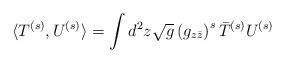
LaTeX: \begin{align*} \langle T^{(s)},U^{(s)}\rangle=\int d^2z\sqrt g \left(g_{z\bar z}\right)^s\bar T^{(s)}U^{(s)}\end{align*}